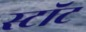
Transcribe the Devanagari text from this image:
स्टॉट